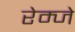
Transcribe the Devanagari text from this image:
रेम्जे